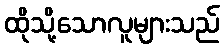
ထိုသို့သောလူများသည်